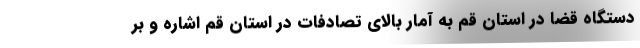
دستگاه قضا در استان قم به آمار بالای تصادفات در استان قم اشاره و بر